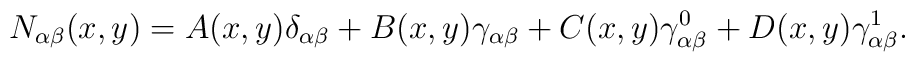
N_{\alpha \beta}(x,y)=A(x,y)\delta _{\alpha \beta}+B(x,y) \gamma _{\alpha\beta}+C(x,y) \gamma _{\alpha \beta}^0 +D(x,y) \gamma _{\alpha \beta}^1 .